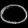
Digit: ၀